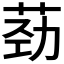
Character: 𫈎